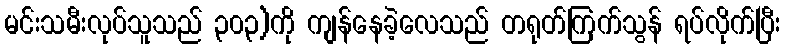
မင်းသမီးလုပ်သူသည် ၃၀၃)ကို ကျန်နေခဲ့လေသည် တရုတ်ကြက်သွန် ရပ်လိုက်ပြီး